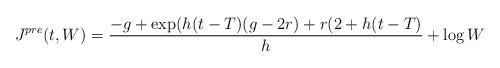
LaTeX: \begin{align*}J^{pre}(t,W)=\frac{-g+\exp(h(t-T)(g-2r)+r(2+h(t-T)}{h}+\log W\end{align*}